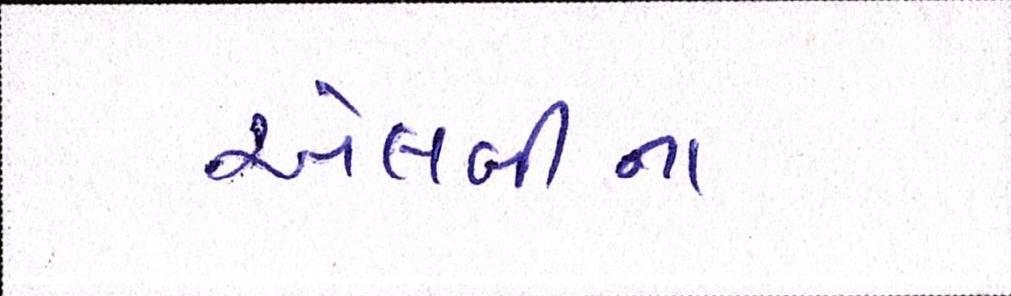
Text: એલબીના